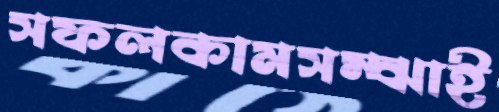
সফলকামসম্‌ঝাই